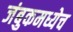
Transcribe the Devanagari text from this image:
जंबुकमध्येच